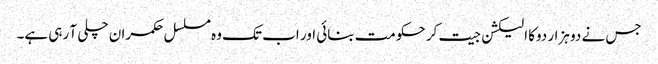
جس نے دو ہزار دوکا الیکشن جیت کر حکومت بنائی اور اب تک وہ مسلسل حکمران چلی آ رہی ہے۔